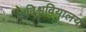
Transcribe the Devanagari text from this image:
विश्ववियालय